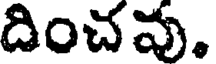
దించవు.